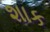
શાક